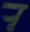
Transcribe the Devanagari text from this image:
र्‍ाृ